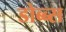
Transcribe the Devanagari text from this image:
डोब्ब्स